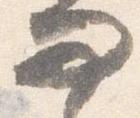
問